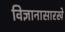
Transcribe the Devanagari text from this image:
विज्ञानासारखे